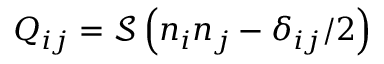
Q _ { i j } = \mathcal { S } \left( n _ { i } n _ { j } - \delta _ { i j } / 2 \right)